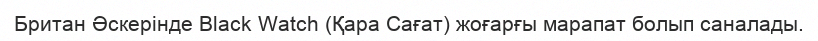
Британ Әскерінде Black Watch (Қара Сағат) жоғарғы марапат болып саналады.